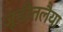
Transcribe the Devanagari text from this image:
जूडीतलैया